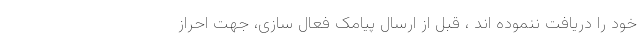
خود را دریافت ننموده اند ، قبل از ارسال پیامک فعال سازی، جهت احراز